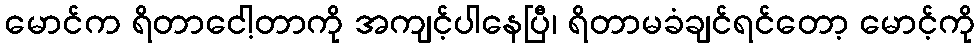
မောင်က ရိတာငေါ့တာကို အကျင့်ပါနေပြီ၊ ရိတာမခံချင်ရင်တော့ မောင့်ကို